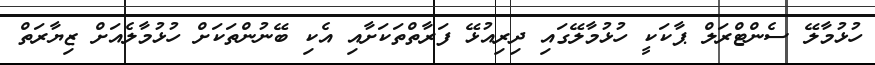
ހުޅުމާލޭ ސެންޓްރަލް ޕާކަކީ ހުޅުމާލޭގައި ދިރިއުޅޭ ފަރާތްތަކަށާއި އެކި ބޭނުންތަކަށް ހުޅުމާލެއަށް ޒިޔާރަތް